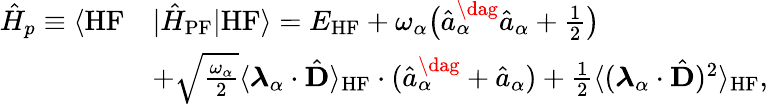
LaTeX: \begin{array}{rl}{\hat{H}_{p}\equiv\langle\mathrm{HF}}&{|\hat{H}_{\mathrm{PF}}|\mathrm{HF}\rangle=E_{\mathrm{HF}}+\omega_{\alpha}\big(\hat{a}_{\alpha}^{\dag}\hat{a}_{\alpha}+\frac{1}{2}\big)}\\ &{+\sqrt{\frac{\omega_{\alpha}}{2}}\langle\boldsymbol{\lambda}_{\alpha}\cdot\hat{\mathbf{D}}\rangle_{\mathrm{HF}}\cdot(\hat{a}_{\alpha}^{\dag}+\hat{a}_{\alpha})+\frac{1}{2}\langle(\boldsymbol{\lambda}_{\alpha}\cdot\hat{\mathbf{D}})^{2}\rangle_{\mathrm{HF}},}\end{array}